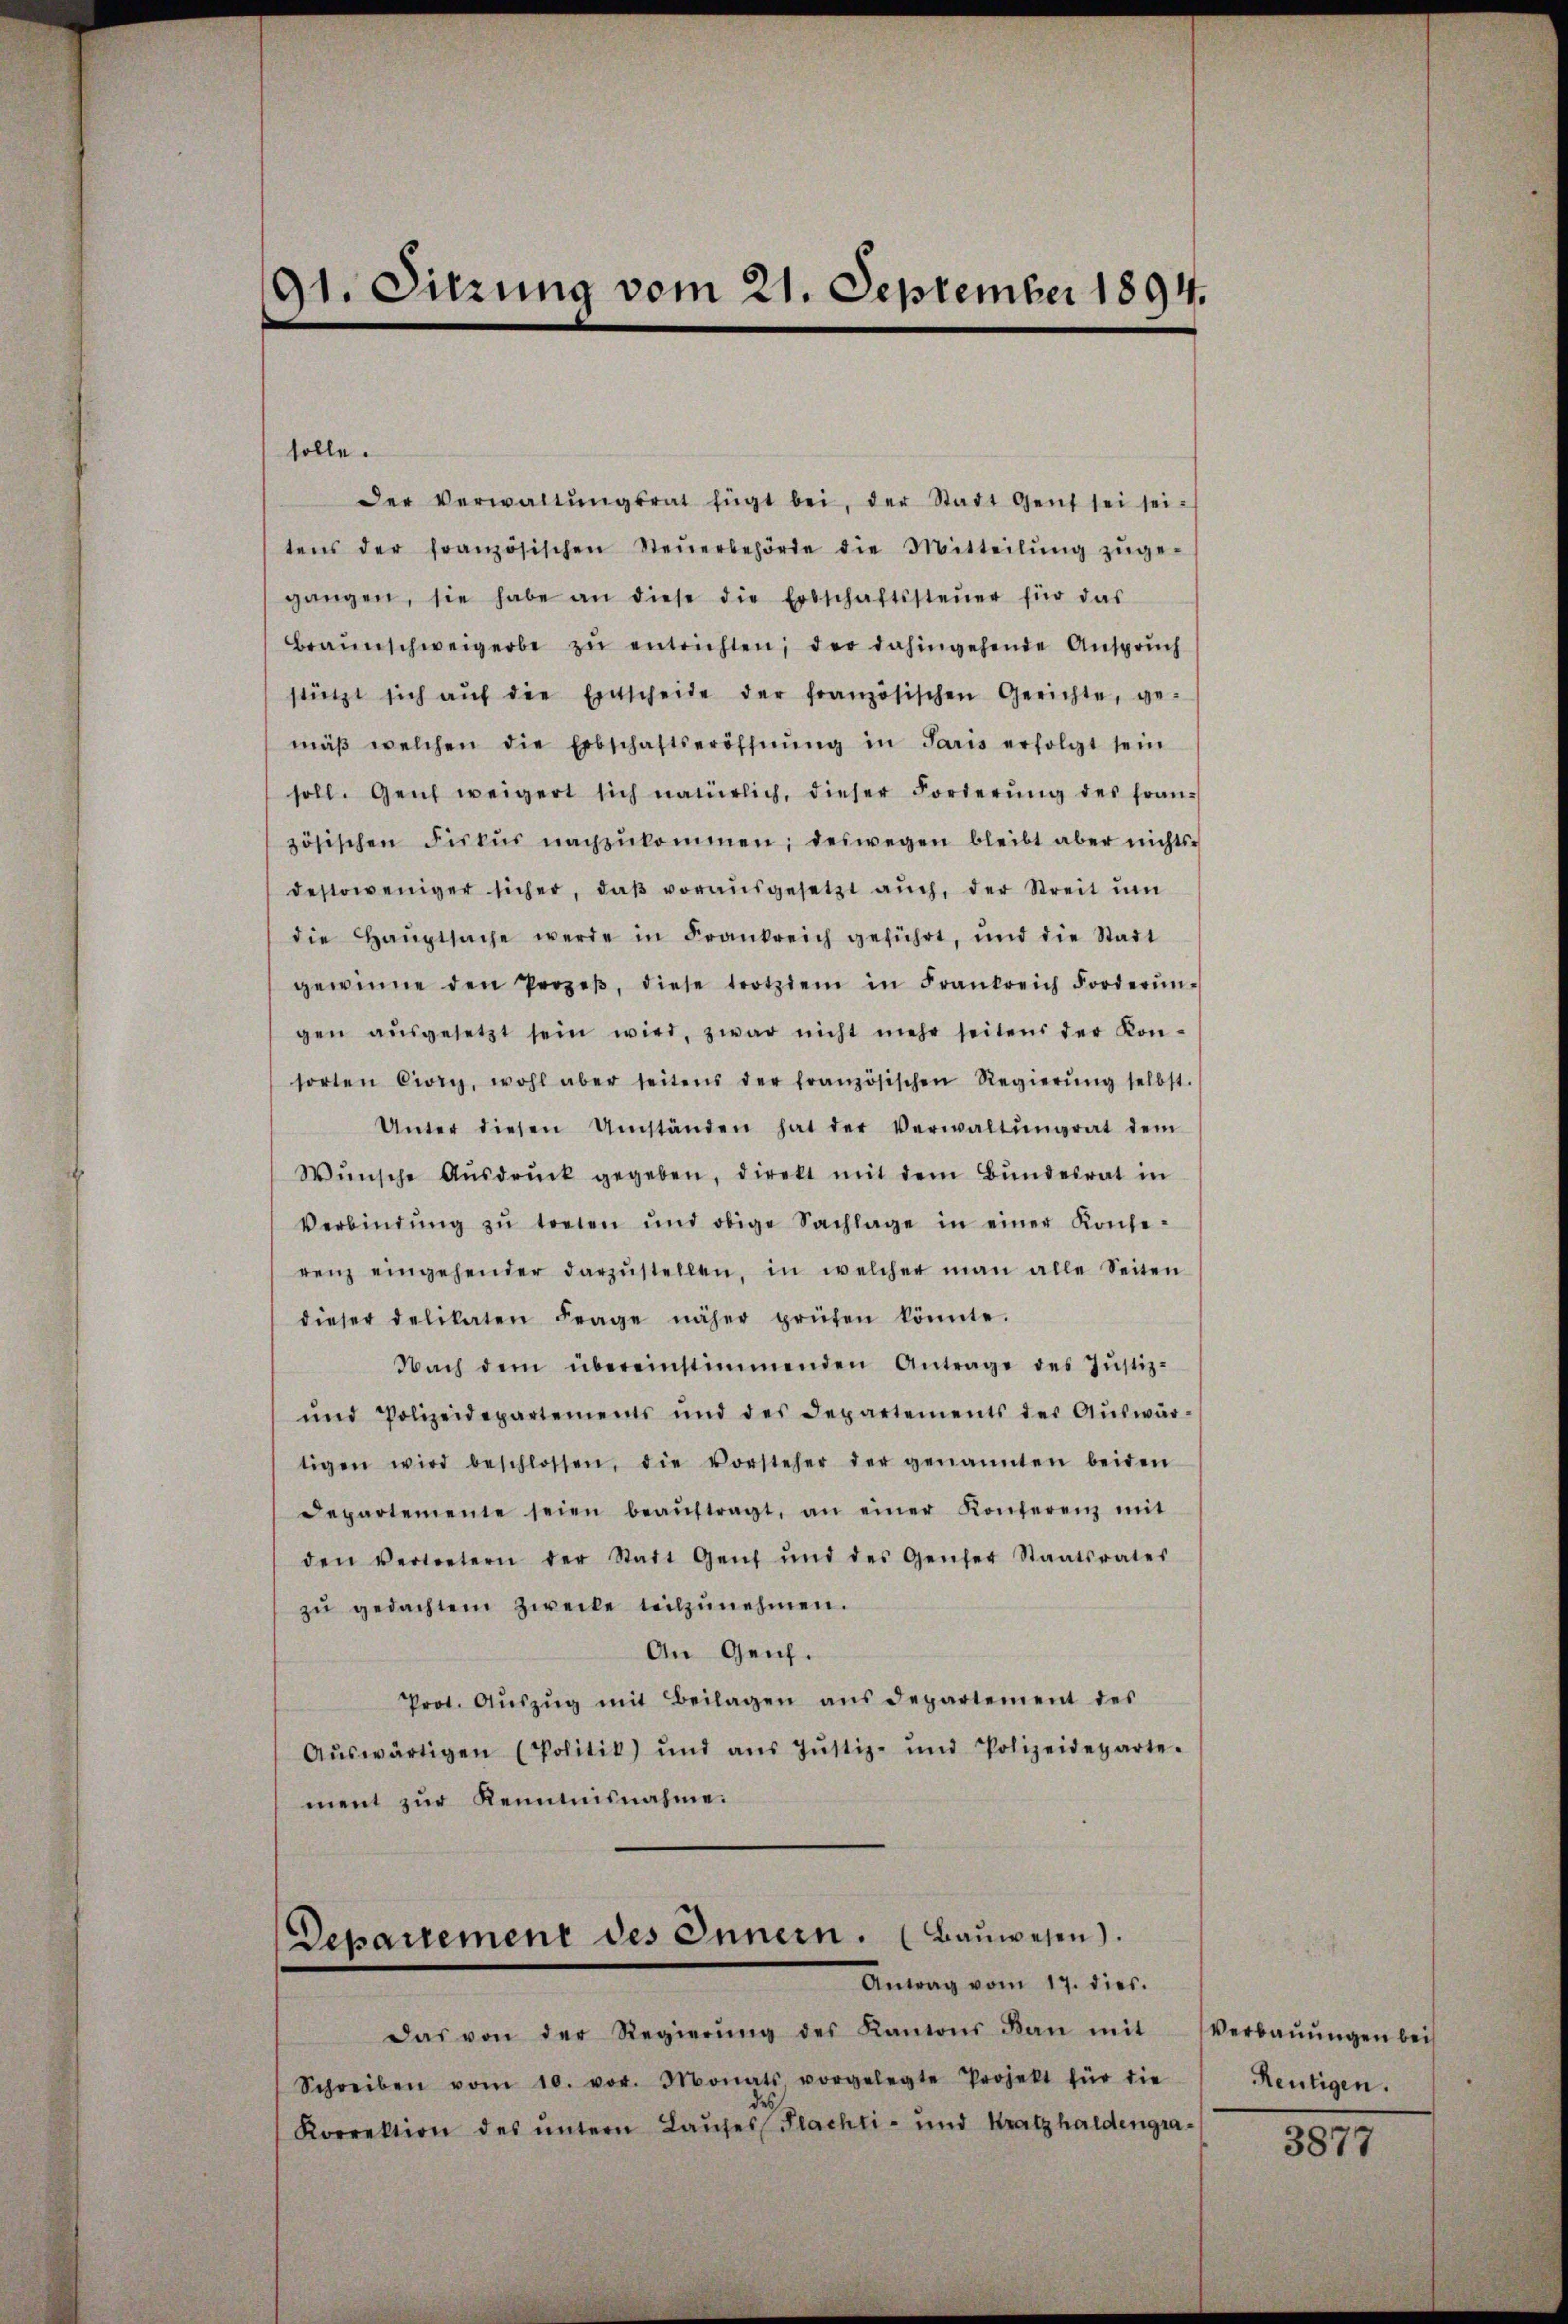
91. Sitzung vom 21. September 1894.

solle.
Der Verwaltŭngsrat fügt bei, der Stadt Gent sei sei-
tens der französischen Steŭerbehörde die Mitteilŭng zŭge-
gangen, sie habe an diese die Erbschaftssteŭer für das
Braunschweigerbe zŭ entrichten, der dahingehende Ansprŭch
stützt sich aŭf die Entscheide der französischen Gerichte, ge-
mäβ welchen die Erbschaftseröffnŭng in Paris erfolgt sein
soll. Genf weigert sich natürlich, dieser Forderŭng des fran-
zösischen Fiskŭr nachzŭkommen; deswegen bleibt aber nichts-
destoweniger sicher, daβ voraŭsgesetzt aŭch, der Streit ŭm
die Haŭptsache werde in Frankreich geführt, und die Stadt
gewinne den Prozeβ, diese trotzdem in Frankreich Forderŭn
gen aŭsgesetzt sein wird, zwar nicht mehr seitens der Kon-
sorten Civry, wohl aber seitens der französischen Regierŭng selbst.
Unter diesen Umständen hat der Verwaltŭngrat dem
Wŭnsche Aŭsdrŭck gegeben, direkt mit dem Bŭndesrat in
Verbindŭng zŭ treten und obige Sachlage in einer Konse-
renz eingehender darzŭstellen, in welcher man alle Seiten
dieser delikaten Frage näher prüfen könnte.
Nach dem übereinstimmenden Antrage des Jŭstiz-
und Polizeidepartements und des Departements der Aŭswär-
tigen wird beschlossen, die Vorsteher der genannten beiden
departemente seien beaŭftragt, an einer Konferenz mit
den vertretern der Stadt Genf und des Genfer Staatsrates
zŭ gedachtem Zwecke teilzŭnehmen.
An Genf.
Prot. Aŭszŭg mit Beilagen aŭs departement des
Aŭswärtigen (Politik) und aŭs Jŭstiz- und Polizeideparte.
ment zŭr Kenntnisnahme:

Departement des Innern. (Bauwesen.
Antag vom 17. dies.

Das von der Regierŭng des Kantons kan mit Verbaŭŭngen bei
Schreiben vom 10. vor. Monats vorgelegte Projekt für die
Korrektion des untern Laufes (Flachti- und Kratzhaldengra-

Reutigen.

3877